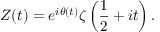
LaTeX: Z ( t ) = e ^ { i \theta ( t ) } \zeta \left( { \frac { 1 } { 2 } } + i t \right) .